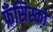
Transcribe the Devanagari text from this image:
फ्रँसिस्को